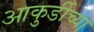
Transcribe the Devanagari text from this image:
आकुर्डीच्या